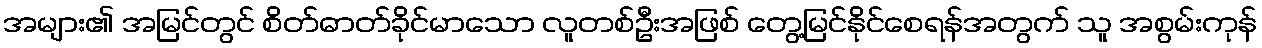
အများ၏ အမြင်တွင် စိတ်ဓာတ်ခိုင်မာသော လူတစ်ဦးအဖြစ် တွေ့မြင်နိုင်စေရန်အတွက် သူ အစွမ်းကုန်